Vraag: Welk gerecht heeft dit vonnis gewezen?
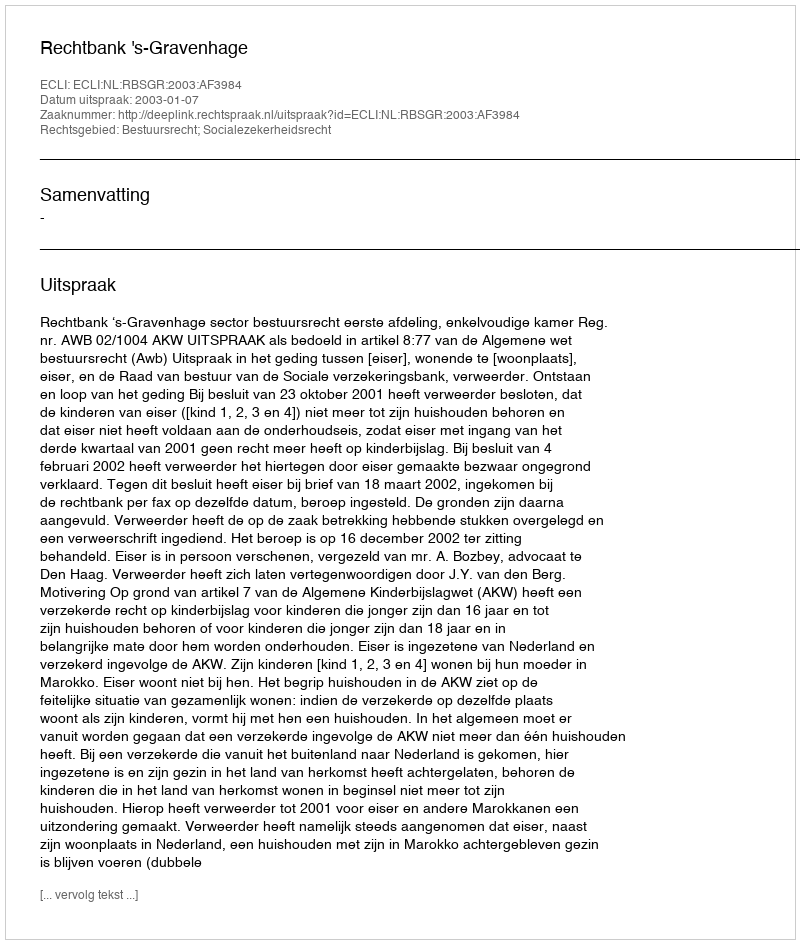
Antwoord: Rechtbank 's-Gravenhage